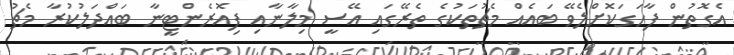
އެގޮތުން ފާހަގަކޮށްލެވޭ ބައެއް މެޗުތަކުގެ ތެރޭގައި އޭސީ މިލާނާއި ފިއޮރެންޓީނާ ބައްދަލުކުރާ މެޗު